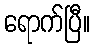
ရောက်ပြီ။